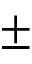
\pm